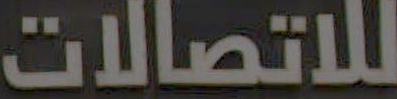
للاتصالات